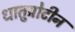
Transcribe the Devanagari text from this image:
धातुप्रोटीन